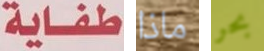
طفاية ماذا بحر